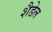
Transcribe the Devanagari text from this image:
शैडेल